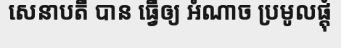
សេនាបតី បាន ធ្វើឲ្យ អំណាច ប្រមូលផ្តុំ